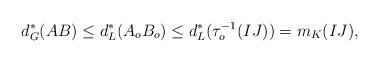
LaTeX: \begin{align*}d^*_G(AB) \leq d^*_L(A_o B_o) \leq d^*_L(\tau_o^{-1}(IJ)) = m_K(IJ),\end{align*}